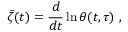
\bar { \zeta } ( t ) = \frac { d } { d t } \ln \theta ( t , \tau ) \ ,